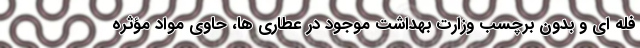
فله ای و بدون برچسب وزارت بهداشت موجود در عطاری ها، حاوی مواد مؤثره